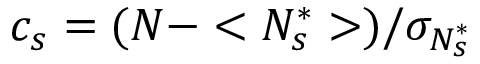
c _ { s } = ( N - < N _ { s } ^ { \ast } > ) / { \sigma _ { N _ { s } ^ { \ast } } }